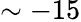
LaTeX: \sim-15